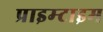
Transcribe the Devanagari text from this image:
प्राइम्टाइम